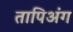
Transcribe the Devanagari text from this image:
तापिअंग